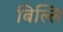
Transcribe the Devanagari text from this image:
बिल्लि